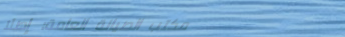
مكتب الصيانة العامة: إصلا